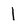
Character: l